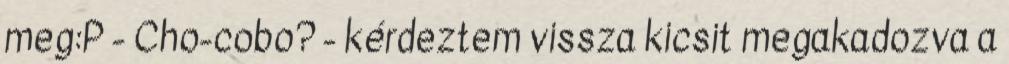
meg:P - Cho-cobo? - kérdeztem vissza kicsit megakadozva a